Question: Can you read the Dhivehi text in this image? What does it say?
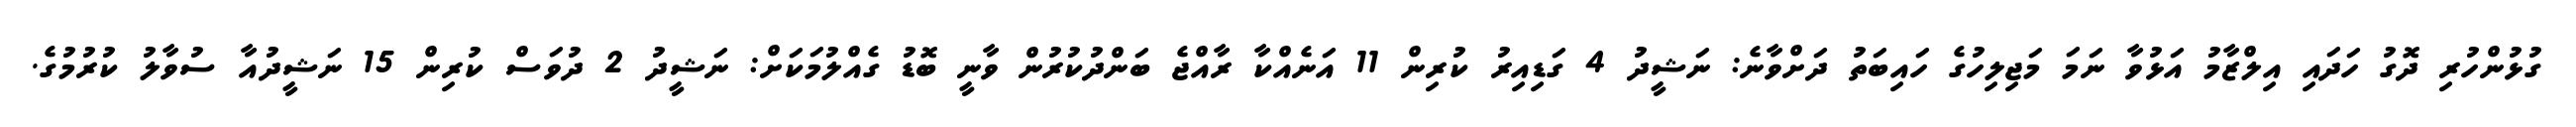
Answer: ގުޅުންހުރި ދޮގު ހަދައި އިލްޒާމު އަޅުވާ ނަމަ މަޖިލިހުގެ ހައިބަތު ދަށްވާނެ: ނަޝީދު 4 ގަޑިއިރު ކުރިން 11 އަނެއްކާ ރާއްޖެ ބަންދުކުރުން ވާނީ ބޮޑު ގެއްލުމަކަށް: ނަޝީދު 2 ދުވަސް ކުރިން 15 ނަޝީދުއާ ސުވާލު ކުރުމުގެ.